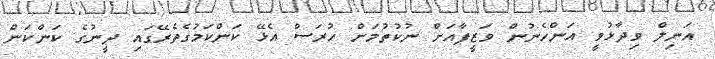
އަނިލް ވިދާޅުވީ އަންހެނުން ވަޒީފާއަށް ނުކުތުމަށް ހުރަސް އެޅޭ ކަންކަމުގެތެރޭގައި ދީނުގެ ކަންކަން